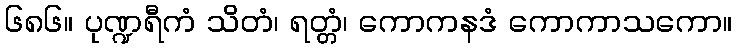
၆၈၆။ ပုဏ္ဍရီကံ သိတံ၊ ရတ္တံ၊ ကောကနဒံ ကောကာသကော။